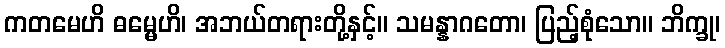
ကတမေဟိ ဓမ္မေဟိ၊ အဘယ်တရားတို့နှင့်။ သမန္နာဂတော၊ ပြည့်စုံသော။ ဘိက္ခု၊